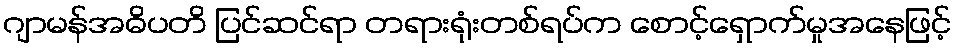
ဂျာမန်အဓိပတိ ပြင်ဆင်ရာ တရားရုံးတစ်ရပ်က စောင့်ရှောက်မှုအနေဖြင့်